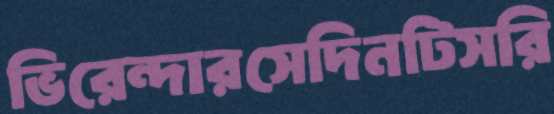
ভিরেন্দারসেদিনটিসরি